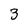
Character: 3